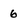
Character: 6